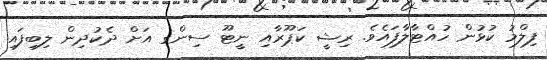
ފިލްމު ކުޅުން ހުއްޓާލާފައެވެ. ރިޝީ ކަޕޫރާއި ނީޓޫ ސިންގ އަށް ދެކުދިން ލިބިފައި